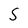
Character: S